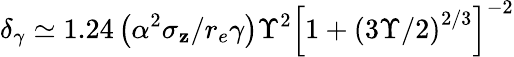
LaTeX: \delta_{\gamma}\simeq1.24\left(\alpha^{2}\sigma_{\mathbf{z}}/r_{e}\gamma\right)\Upsilon^{2}\left[1+\left(3\Upsilon/2\right)^{2/3}\right]^{-2}